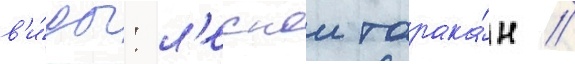
в'и́ды: л'еснои тарака́н /